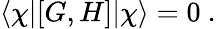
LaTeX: \langle\chi|[G,H]|\chi\rangle=0\ .